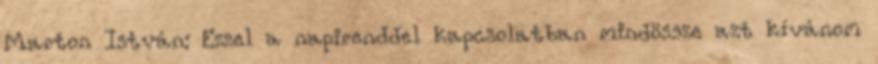
Marton István: Ezzel a napirenddel kapcsolatban mindössze azt kívánom